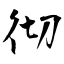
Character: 彻